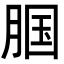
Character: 腘